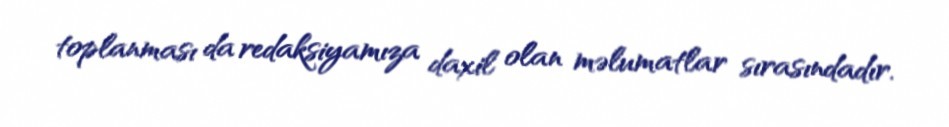
toplanması da redaksiyamıza daxil olan məlumatlar sırasındadır.